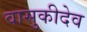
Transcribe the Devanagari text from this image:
वासुकीदेव